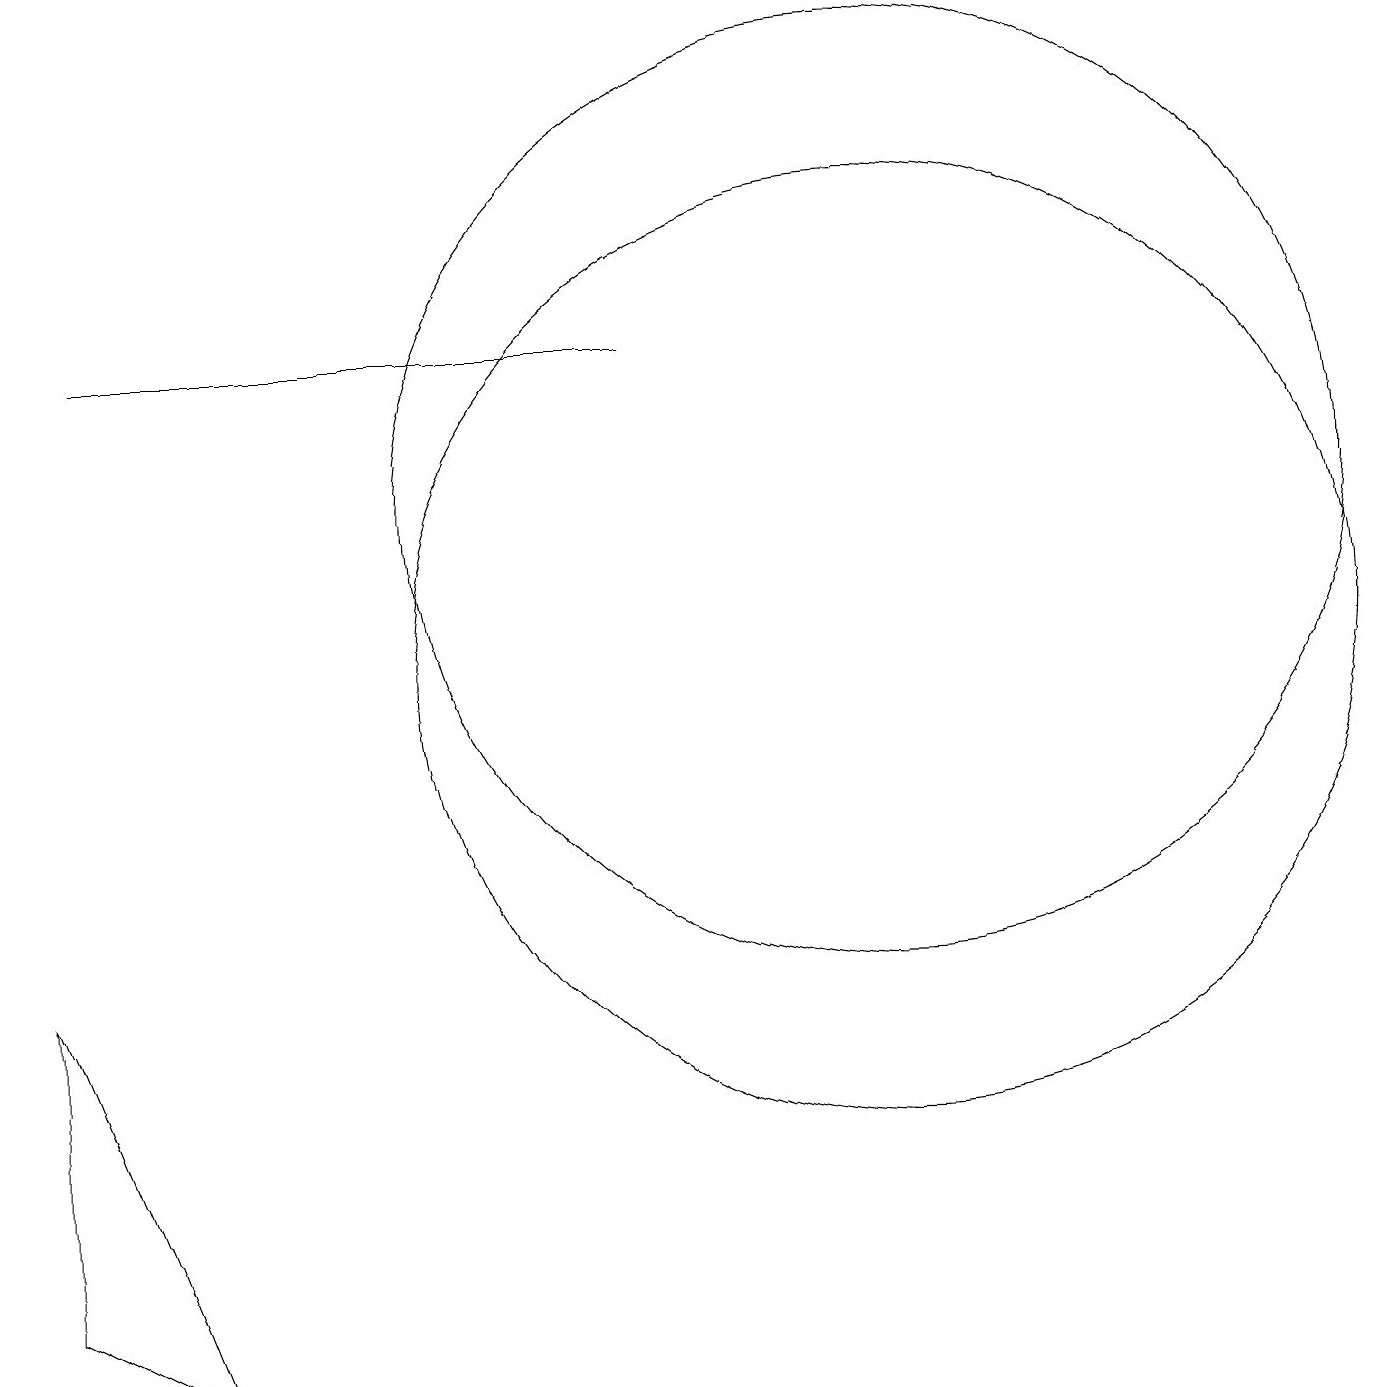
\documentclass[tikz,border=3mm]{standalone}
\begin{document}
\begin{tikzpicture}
\draw (2,1) -- (0,2) -- (0,6) -- cycle;
\draw (11,12) circle (6);
\draw (10,12) circle (0);
\draw (11,10) circle (6);
\draw (1,14) rectangle (8,14);
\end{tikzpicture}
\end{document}